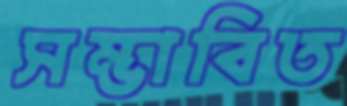
সম্ভাবিত